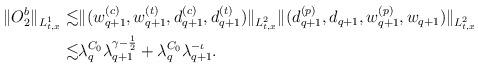
LaTeX: \begin{align*}\begin{aligned}\|O^b_2\|_{L^1_{t,x}}\lesssim &\|(w ^{(c)}_{q+1}, w^{(t)}_{q+1}, d^{(c)}_{q+1}, d^{(t)}_{q+1})\|_{L^2_{t,x}}\|(d ^{(p)}_{q+1}, d_{q+1}, w^{(p)}_{q+1}, w_{q+1})\|_{L^2_{t,x}}\\\lesssim &\lambda^{C_0}_q\lambda^{\gamma-\frac{1}{2}}_{q+1}+\lambda^{C_0}_q\lambda^{-\iota}_{q+1}.\end{aligned}\end{align*}